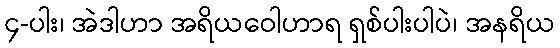
၄-ပါး၊ အဲဒါဟာ အရိယဝေါဟာရ ရှစ်ပါးပါပဲ၊ အနရိယ